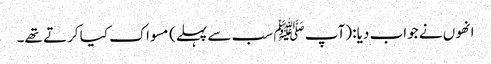
انھوں نے جواب دیا: (آپ ﷺ سب سے پہلے) مسواک کیا کرتے تھے۔